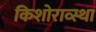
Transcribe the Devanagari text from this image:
किशोराव्स्था